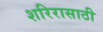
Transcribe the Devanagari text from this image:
शरिरासाठी